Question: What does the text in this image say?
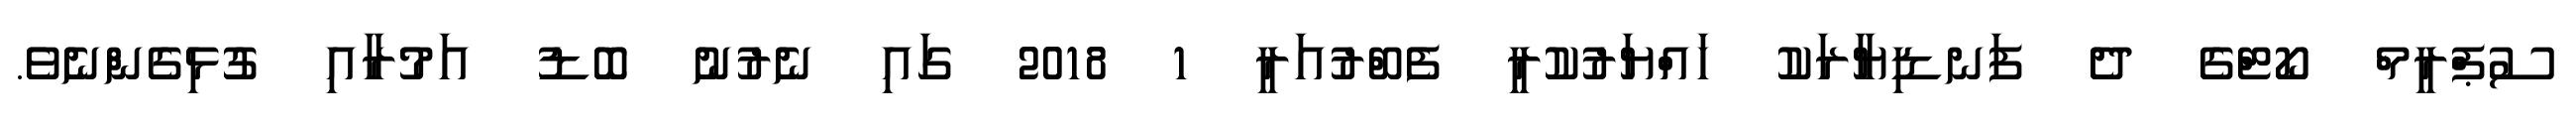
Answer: ސުޕްރީމް ކޯޓްގެ ދެ ފަނޑިޔާރަކު ހައްޔަރުކުރީ ފެބްރުއަރީ 1 2018 ގައި ނެރުނު ބޮޑު އަމުރާއި ގުޅިގެންނެވެ.